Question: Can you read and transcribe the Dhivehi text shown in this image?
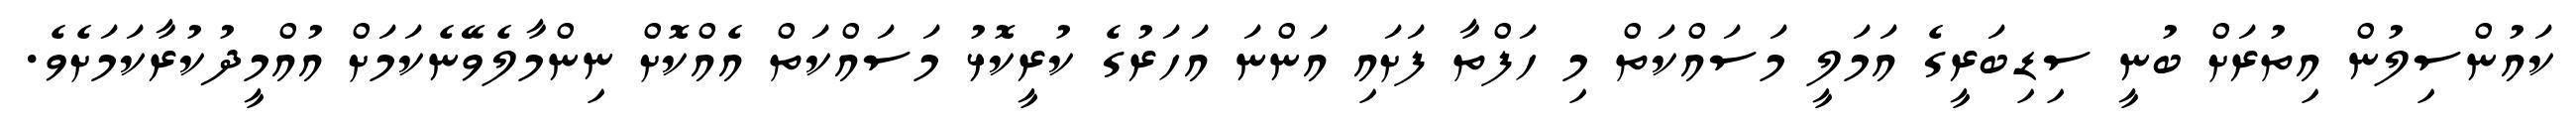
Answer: ކައުންސިލުން އިތުރަށް ބުނީ ސިޑިބަރީގެ އަމަލީ މަސައްކަތް މި ހަފްތާ ފަށައި އަންނަ އަހަރުގެ ކުރީކޮޅު މަސައްކަތް އެއްކޮށް ނިންމާލެވޭނެކަމަށް އުއްމީދުކުރާކަމަށެވެ.